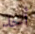
أحد